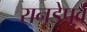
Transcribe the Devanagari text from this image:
रानडेपूर्व